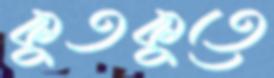
কুতকুতে